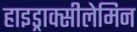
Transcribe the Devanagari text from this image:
हाइड्राक्सीलेमिन